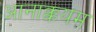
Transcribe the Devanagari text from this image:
आनाक्कयम